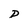
Character: D